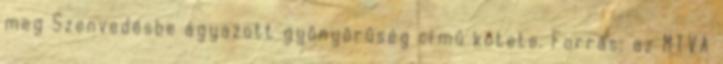
meg Szenvedésbe ágyazott gyönyörűség című kötete. Forrás: az MTVA